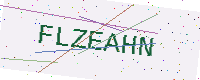
Text: FLZEAHN